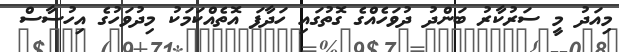
މިއަދު މީ ސަރުކާރު ބަންދު ދުވަހެއްގެ ގޮތުގައި ހަދާފަ އޮތެއްކަމަކު މިދުވަހުގެ އިހުސާސް